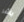
باشر